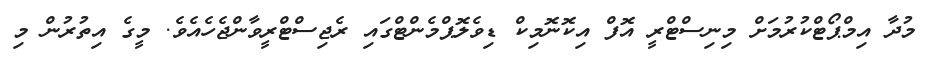
މުދާ އިމްޕޯޓްކުރުމަށް މިނިސްޓްރީ އޮފް އިކޮނޮމިކް ޑިވެލޮޕްމެންޓްގައި ރެޖިސްޓްރީވާންޖެހެއެވެ. މީގެ އިތުރުން މި